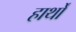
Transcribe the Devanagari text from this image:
हार्थों